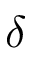
\delta